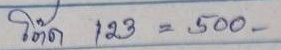
โต๊ด 123 = 500-